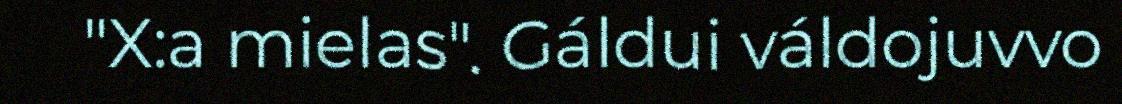
"X:a mielas". Gáldui váldojuvvo